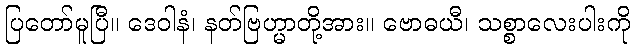
ပြတော်မူပြီ။ ဒေဝါနံ၊ နတ်ဗြဟ္မာတို့အား။ ဗောဓယီ၊ သစ္စာလေးပါးကို